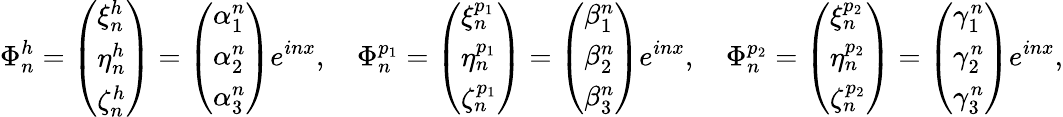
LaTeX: \Phi_{n}^{h}=\left(\begin{array}{l}{\xi_{n}^{h}}\\ {\eta_{n}^{h}}\\ {\zeta_{n}^{h}}\end{array}\right)=\left(\begin{array}{l}{\alpha_{1}^{n}}\\ {\alpha_{2}^{n}}\\ {\alpha_{3}^{n}}\end{array}\right)e^{inx},\quad\Phi_{n}^{p_{1}}=\left(\begin{array}{l}{\xi_{n}^{p_{1}}}\\ {\eta_{n}^{p_{1}}}\\ {\zeta_{n}^{p_{1}}}\end{array}\right)=\left(\begin{array}{l}{\beta_{1}^{n}}\\ {\beta_{2}^{n}}\\ {\beta_{3}^{n}}\end{array}\right)e^{inx},\quad\Phi_{n}^{p_{2}}=\left(\begin{array}{l}{\xi_{n}^{p_{2}}}\\ {\eta_{n}^{p_{2}}}\\ {\zeta_{n}^{p_{2}}}\end{array}\right)=\left(\begin{array}{l}{\gamma_{1}^{n}}\\ {\gamma_{2}^{n}}\\ {\gamma_{3}^{n}}\end{array}\right)e^{inx},